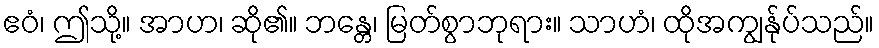
ဧဝံ၊ ဤသို့။ အာဟ၊ ဆို၏။ ဘန္တေ၊ မြတ်စွာဘုရား။ သာဟံ၊ ထိုအကျွန်ုပ်သည်။